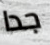
جدا